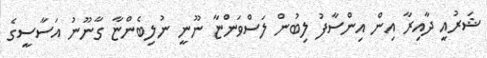
ޝަރުއީ ދާއިރާ އިން އިންސާފު ލިބުން ލަސްވަންޏާ ނޫނީ ނުލިބެންޏާ ގާނޫނު އަސާސީގެ